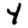
Digit: 4